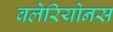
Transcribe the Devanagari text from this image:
वलेरियोनस